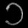
Digit: ၁